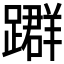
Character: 𨆤